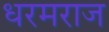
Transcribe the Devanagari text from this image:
धरमराज